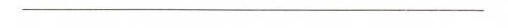
___